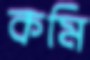
কমি